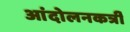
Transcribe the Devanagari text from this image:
आंदोलनकर्त्री